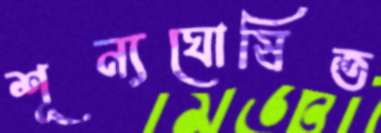
শূন্যঘোষিত